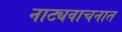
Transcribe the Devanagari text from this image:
नाट्यवाचनात